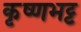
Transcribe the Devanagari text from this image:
कृष्णभट्ट